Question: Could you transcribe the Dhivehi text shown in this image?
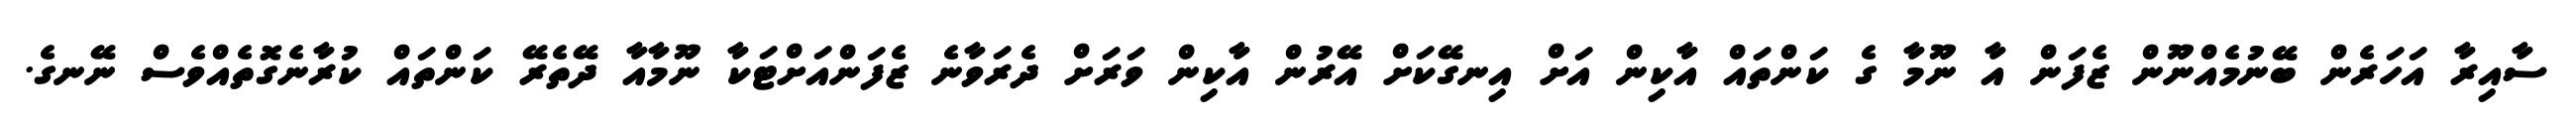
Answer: ސާއިރާ އަހަރެން ބޭނުމެއްނޫން ޒެފަން އާ ނޫމާ ގެ ކަންތައް އާކިން އަށް އިނގޭކަށް އޭރުން އާކިން ވަރަށް ދެރަވާނެ ޒެފަންއަށްޓަކާ ނޫމާއާ ދޭތެރޭ ކަންތައް ކުރާނެގޮތެއްވެސް ނޭނގެ.